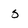
Character: 5